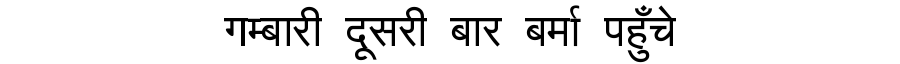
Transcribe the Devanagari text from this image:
गम्बारी दूसरी बार बर्मा पहुँचे